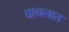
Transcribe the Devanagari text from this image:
वाचलात